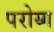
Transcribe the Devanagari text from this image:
परोय्ग